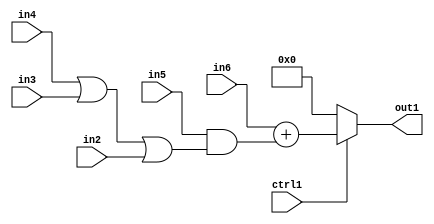
`timescale 1ps / 1ps
/*****************************************************************************
    Verilog RTL Description
    
    
    Created by: Stratus DpOpt 2019.1.01 
*******************************************************************************/

module fix2float_MuxAdd2And2Or3u1u1u1u1s23i0u1_4_0 (
	in6,
	in5,
	in4,
	in3,
	in2,
	ctrl1,
	out1
	); /* architecture "behavioural" */ 
input [22:0] in6;
input  in5,
	in4,
	in3,
	in2,
	ctrl1;
output [22:0] out1;
wire [22:0] asc001,
	asc003;
wire  asc004,
	asc005;

assign asc005 = 
	(in4)
	|(in3)
	|(in2);

assign asc004 = 
	(in5)
	&(asc005);

assign asc003 = 
	+(in6)
	+(asc004);

reg [22:0] asc001_tmp_0;
assign asc001 = asc001_tmp_0;
always @ (ctrl1 or asc003) begin
	case (ctrl1)
		1'B1 : asc001_tmp_0 = asc003 ;
		default : asc001_tmp_0 = 23'B00000000000000000000000 ;
	endcase
end

assign out1 = asc001;
endmodule

/* CADENCE  vrjyTww= : u9/ySgnWtBlWxVPRXgAZ4Og= ** DO NOT EDIT THIS LINE ******/